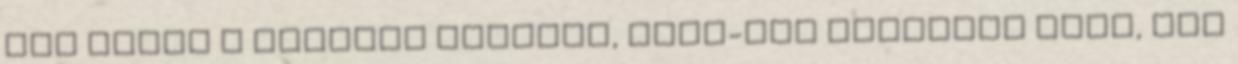
jól mozog a csúszós talajon, rajt-cél győzelem volt, bár